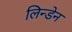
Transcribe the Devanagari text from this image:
लिन्डेन